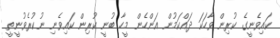
ކައިވެނީގެ ކުރިން ވާހަކަ ދައްކަމުން އަންހެން މީހާ ބުނީ ކުރިން ކައިވެނި ނުކުރެވުނީތީ